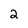
Character: 2